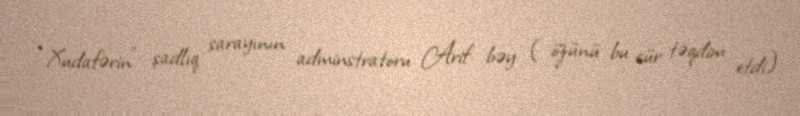
“Xudafərin” şadlıq sarayının adminstratoru Arif bəy ( özünü bu cür təqdim etdi)